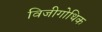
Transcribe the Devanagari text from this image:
विजीगोथिक